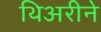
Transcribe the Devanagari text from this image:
थिअरीने